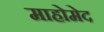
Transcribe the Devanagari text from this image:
माहोमेद